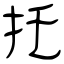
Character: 托